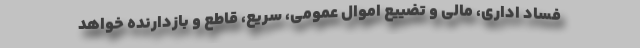
فساد اداری، مالی و تضییع اموال عمومی، سریع، قاطع و بازدارنده خواهد